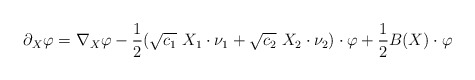
\begin{align*}\partial_X\varphi=\nabla_X \varphi-\frac{1}{2} (\sqrt{c_1}\ X_1 \cdot \nu_1 + \sqrt{c_2}\ X_2 \cdot \nu_2)\cdot\varphi + \frac{1}{2}B(X)\cdot \varphi\end{align*}